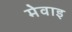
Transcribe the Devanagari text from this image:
मेवाइ